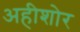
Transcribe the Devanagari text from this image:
अहीशोर